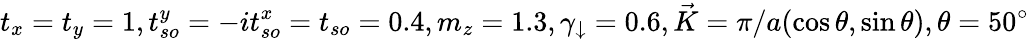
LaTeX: t_{x}=t_{y}=1,t_{so}^{y}=-it_{so}^{x}=t_{so}=0.4,m_{z}=1.3,\gamma_{\downarrow}=0.6,\vec{K}=\pi/a(\cos\theta,\sin\theta),\theta=50^{\circ}